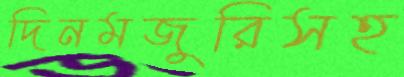
দিনমজুরিসহ